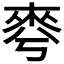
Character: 𣓚